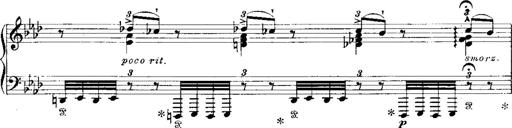
Title: Miserere du Trovatore
Composer: Franz Liszt